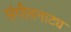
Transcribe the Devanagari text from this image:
संगीतनाट्य